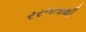
રરળતાથી